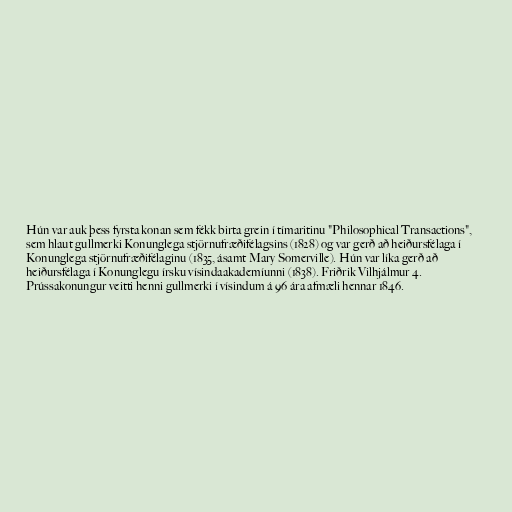
Hún var auk þess fyrsta konan sem fékk birta grein í tímaritinu "Philosophical Transactions",
sem hlaut gullmerki Konunglega stjörnufræðifélagsins (1828) og var gerð að heiðursfélaga í
Konunglega stjörnufræðifélaginu (1835, ásamt Mary Somerville). Hún var líka gerð að
heiðursfélaga í Konunglegu írsku vísindaakademíunni (1838). Friðrik Vilhjálmur 4.
Prússakonungur veitti henni gullmerki í vísindum á 96 ára afmæli hennar 1846.